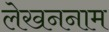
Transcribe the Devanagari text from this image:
लेखननाम